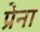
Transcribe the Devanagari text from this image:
प्रेना